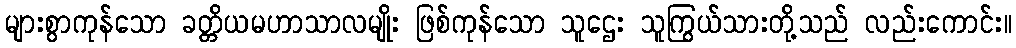
များစွာကုန်သော ခတ္တိယမဟာသာလမျိုး ဖြစ်ကုန်သော သူဌေး သူကြွယ်သားတို့သည် လည်းကောင်း။